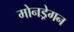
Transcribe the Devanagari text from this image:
मोनड्रेगन